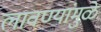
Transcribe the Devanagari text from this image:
लावण्यांमुळे